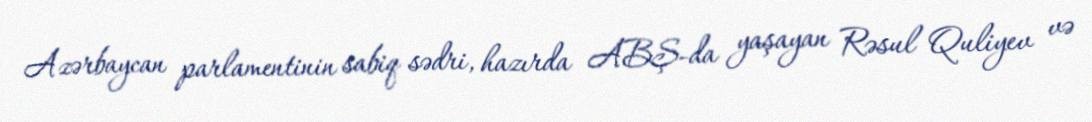
Azərbaycan parlamentinin sabiq sədri, hazırda ABŞ-da yaşayan Rəsul Quliyev və